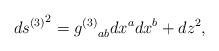
LaTeX: \begin{align*}d{s^{(3)}}^2 = {g^{(3)}}_{ab} dx^a dx^b + dz^2, \end{align*}